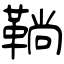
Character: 鞝